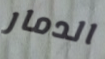
الدمار